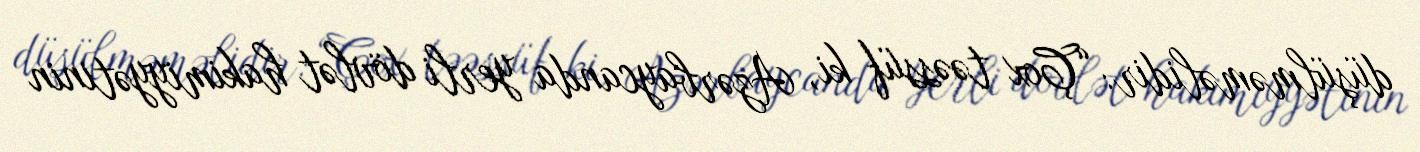
düşülməməlidir: “Çox təəssüf ki, Azərbaycanda yerli dövlət hakimiyyətinin